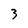
Character: 3